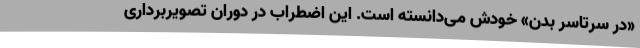
«در سرتاسر بدن» خودش می‌دانسته است. این اضطراب در دوران تصویربرداری